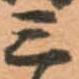
三